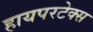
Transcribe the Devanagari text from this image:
हायपरटेक्स